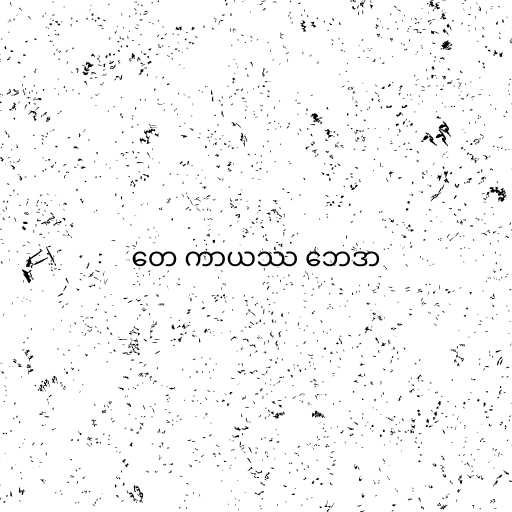
တေ ကာယဿ ဘေဒာ